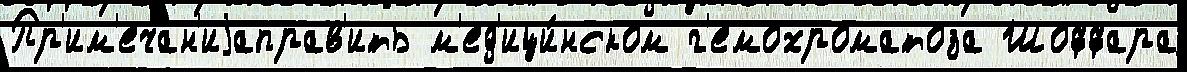
Пр'им'ечан'иjаправ'ить м'ед'ици́нском г'емохроматоза Шоффара